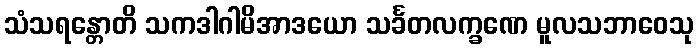
သံသရန္တောတိ သကဒါဂါမိအာဒယော သင်္ခတလက္ခဏေ မူလသဘာဝေသု